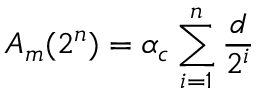
A _ { m } ( 2 ^ { n } ) = \alpha _ { c } \sum _ { i = 1 } ^ { n } \frac { d } { 2 ^ { i } }